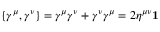
\displaystyle \{ \gamma ^ { \mu } , \gamma ^ { \nu } \} = \gamma ^ { \mu } \gamma ^ { \nu } + \gamma ^ { \nu } \gamma ^ { \mu } = 2 \eta ^ { \mu \nu } \mathbf { 1 }